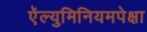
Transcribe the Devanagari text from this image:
ऍल्युमिनियमपेक्षा